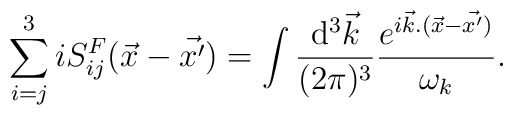
\sum_{i=j}^{3}iS_{ij}^{F}({\vec x}-{\vec {x^{\prime}}})=\int {{{\rm d}^{3}{\vec k}}\over{(2\pi)^{3}}}{{e^{i{\vec k}.({\vec x}-{\vec {x^{\prime}})}}\over{\omega_{k}}}}.